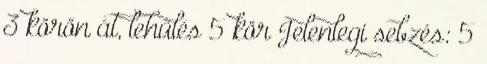
3 körön át, lehűlés 5 kör Jelenlegi sebzés: 5